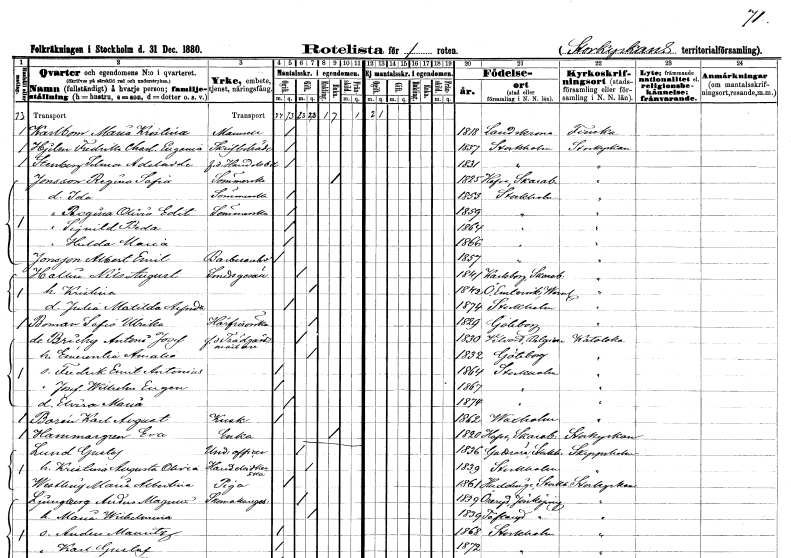
gt_parse: households: individuals: FN: Maria Kristina
EN: Karlbom
KON: K
CIV: O
FODAR: 1818
FODFORS: Landskrona Malmöhus län
FN: Fredrika Charlotta Eugenia
EN: Hjelm
YRKE: Skrivbiträde
KON: K
CIV: O
FODAR: 1837
FODFORS: Stockholm
FN: Selma Adelaide
EN: Stenberg
YRKE: Handelsbiträde f.d.
KON: K
CIV: O
FODAR: 1831
FODFORS: Stockholm
FN: Regina Sofia
EN: Jonsson
YRKE: Sömmerska
KON: K
CIV: E
FODAR: 1825
FODFORS: Hova Skaraborgs län
FN: Ida
YRKE: Sömmerska
KON: K
CIV: O
FODAR: 1853
FODFORS: Stockholm
FN: Regina Olivia Edit
YRKE: Sömmerska
KON: K
CIV: O
FODAR: 1859
FODFORS: Stockholm
FN: Signild Beda
KON: K
CIV: O
FODAR: 1864
FODFORS: Stockholm
FN: Hulda Maria
KON: K
CIV: O
FODAR: 1866
FODFORS: Stockholm
FN: Albert Emil
EN: Jonsson
YRKE: Barberarebiträde
KON: M
CIV: O
FODAR: 1857
FODFORS: Stockholm
FN: Nils August
EN: Hallin
YRKE: Smedsgesäll
KON: M
CIV: G
FODAR: 1841
FODFORS: Karlsborg Skaraborgs län
FN: Kristina
KON: K
CIV: G
FODAR: 1842
FODFORS: Östra Ämtervik Värmlands län
FN: Julia Matilda Alfrida
KON: K
CIV: O
FODAR: 1874
FODFORS: Stockholm
FN: Sofia Ulrika
EN: Boman
YRKE: Hårfrisörska
KON: K
CIV: G
FODAR: 1829
FODFORS: Göteborg Göteborgs- och Bohuslän
FN: Antoni Josef
EN: de Brichy
YRKE: Trädgårdsmästare f.d.
KON: M
CIV: G
FODAR: 1830
FN: Emerentia Amalia
KON: K
CIV: G
FODAR: 1832
FODFORS: Göteborg Göteborgs- och Bohuslän
FN: Fredrik Emil Antonius
KON: M
CIV: O
FODAR: 1864
FODFORS: Stockholm
FN: Josef Wilhelm Eugen
KON: M
CIV: O
FODAR: 1867
FODFORS: Stockholm
FN: Elvira Maria
KON: K
CIV: O
FODAR: 1874
FODFORS: Stockholm
FN: Karl August
EN: Borén
YRKE: Kusk
KON: M
CIV: O
FODAR: 1862
FODFORS: Vaxholm Stockholms län
FN: Eva
EN: Hammargren
YRKE: Änka
KON: K
CIV: E
FODAR: 1820
FODFORS: Hova Skaraborgs län
FN: Gustaf
EN: Lund
YRKE: Underofficer
KON: M
CIV: G
FODAR: 1836
FODFORS: Gottröra Stockholms län
FN: Kristina Augusta Olivia
YRKE: Handelsidkerska
KON: K
CIV: G
FODAR: 1839
FODFORS: Stockholm
FN: Maria Albertina
EN: Westling
YRKE: Piga
KON: K
CIV: O
FODAR: 1861
FODFORS: Huddinge Stockholms län
FN: Anders Magnus
EN: Ljungberg
YRKE: Skomakaregesäll
KON: M
CIV: G
FODAR: 1839
FODFORS: Öreryd Jönköpings län
FN: Maria Wilhelmina
KON: K
CIV: G
FODAR: 1839
FODFORS: Tofteryd Jönköpings län